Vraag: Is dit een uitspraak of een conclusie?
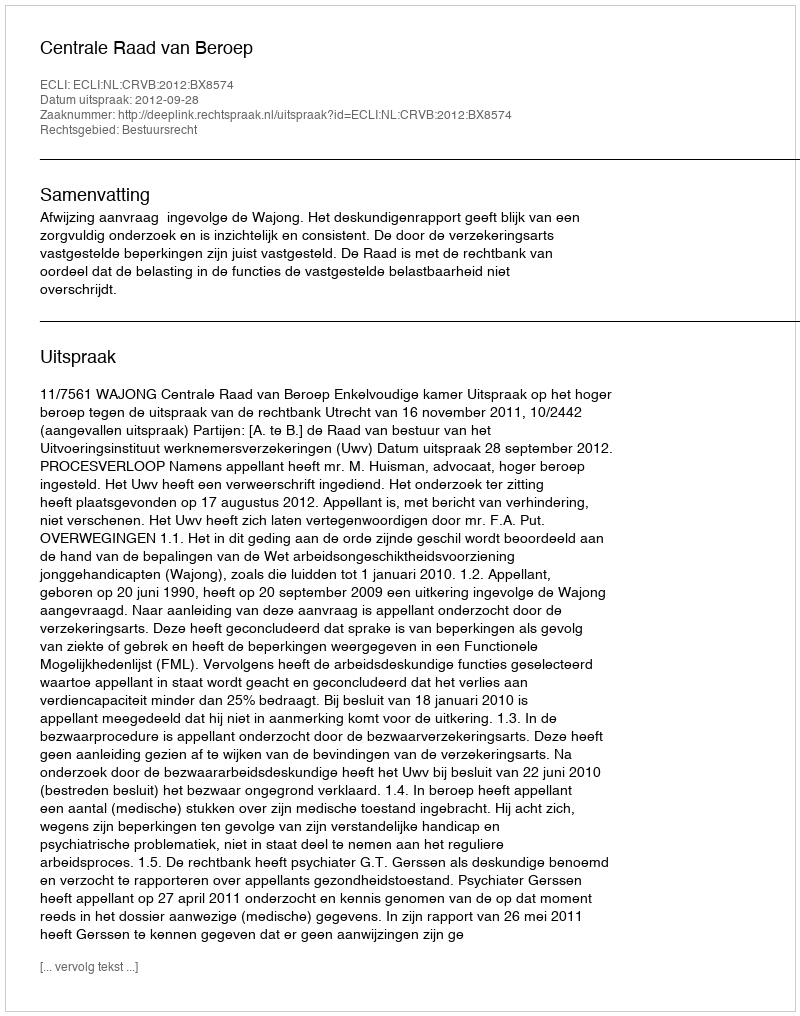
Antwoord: Uitspraak